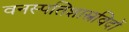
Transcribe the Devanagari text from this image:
वनस्पतिशास्त्रविदों